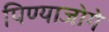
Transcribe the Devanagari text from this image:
पिण्याजोगे